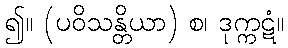
၍။ (ပဝိသန္တိယာ) စ၊ ဒုက္ကဋံ။